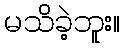
မသိခဲ့ဘူး။